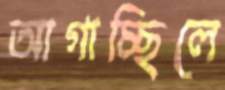
আগাচ্ছিলে